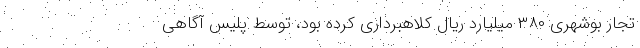
تجار بوشهری ۳۸۰ میلیارد ریال کلاهبرداری کرده بود، توسط پلیس آگاهی